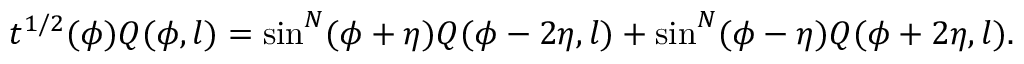
t ^ { 1 / 2 } ( \phi ) Q ( \phi , l ) = \sin ^ { N } ( \phi + \eta ) Q ( \phi - 2 \eta , l ) + \sin ^ { N } ( \phi - \eta ) Q ( \phi + 2 \eta , l ) .